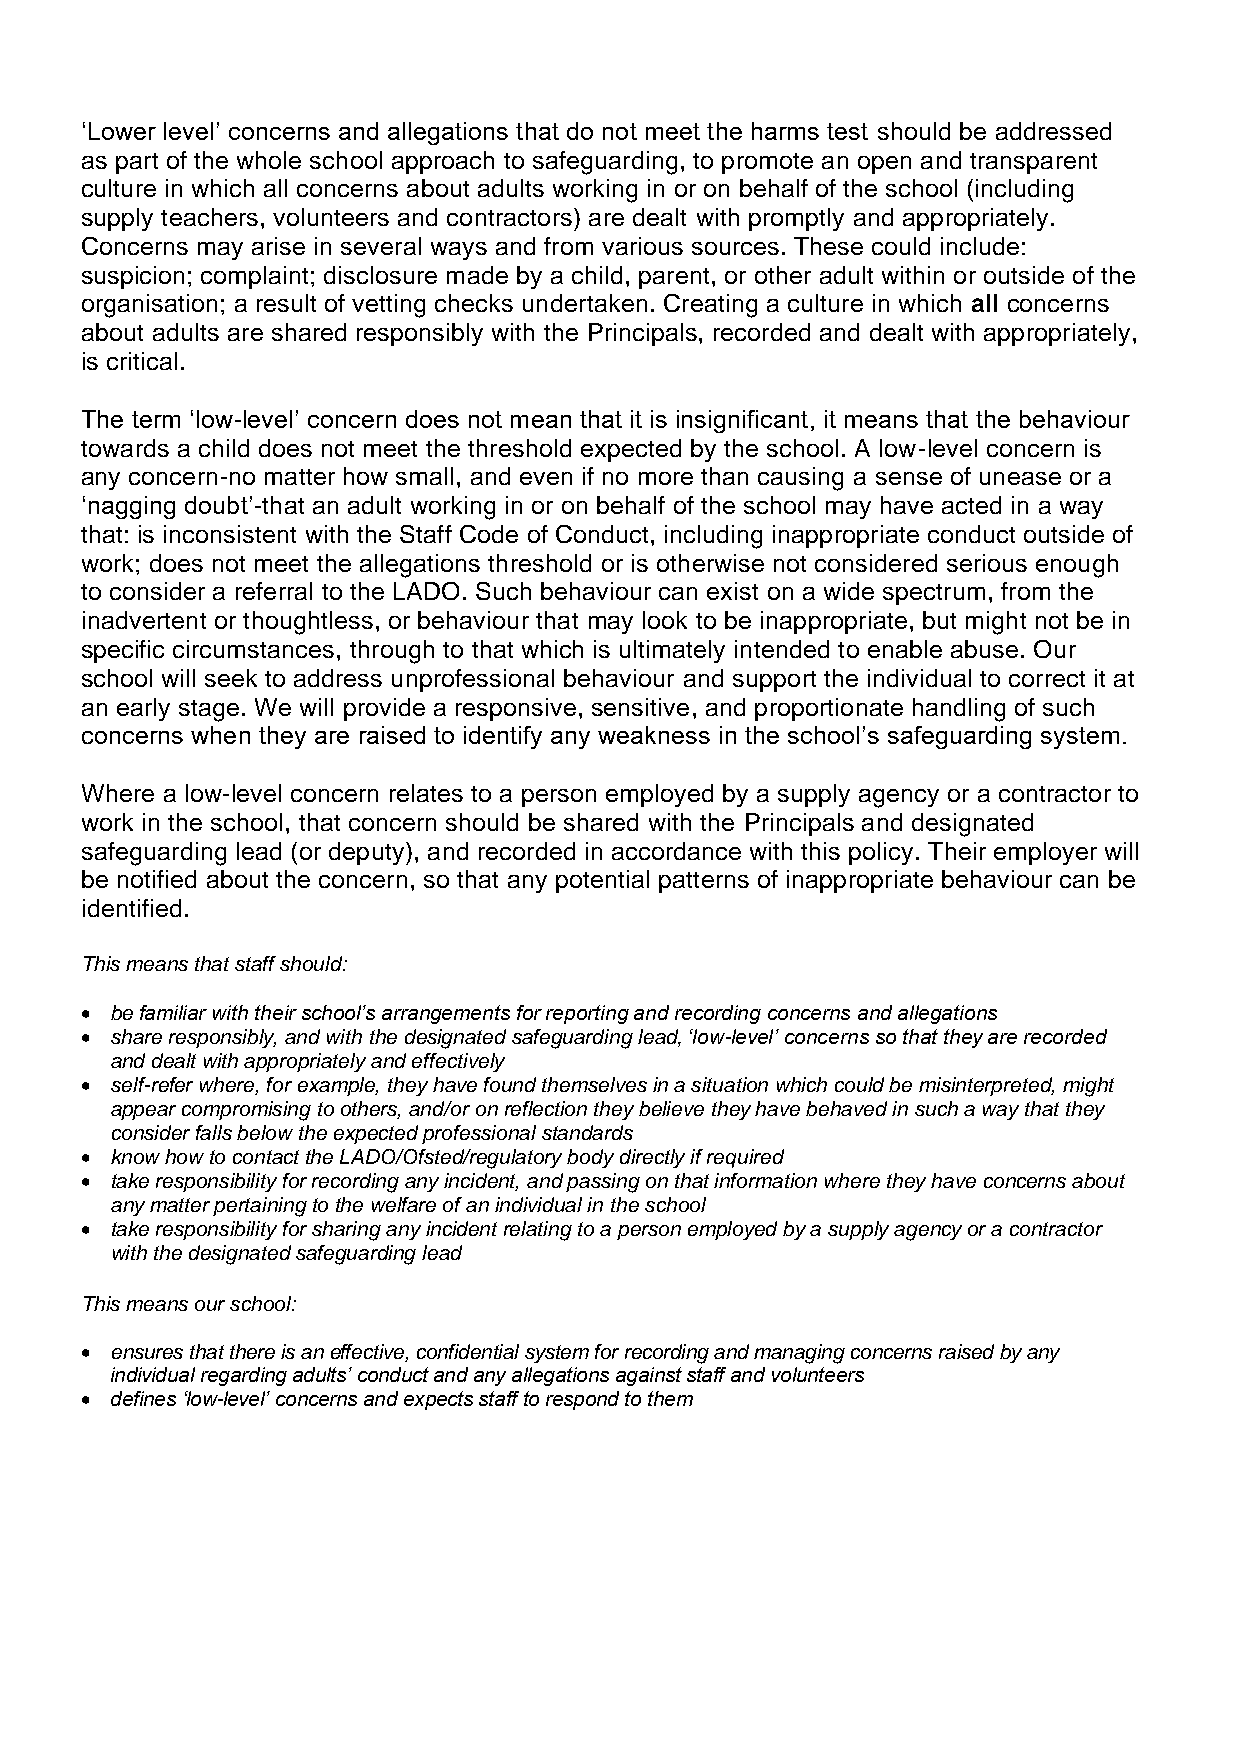
‘Lower level’ concerns and allegations that do not meet the harms test should be addressed
 as part of the whole school approach to safeguarding, to promote an open and transparent
 culture in which all concerns about adults working in or on behalf of the school (including
 supply teachers, volunteers and contractors) are dealt with promptly and appropriately.
 Concerns may arise in several ways and from various sources. These could include:
 suspicion; complaint; disclosure made by a child, parent, or other adult within or outside of the
 organisation; a result of vetting checks undertaken. Creating a culture in which all concerns
 about adults are shared responsibly with the Principals, recorded and dealt with appropriately,
 is critical.
 The term ‘low-level’ concern does not mean that it is insignificant, it means that the behaviour
 towards a child does not meet the threshold expected by the school. A low-level concern is
 any concern-no matter how small, and even if no more than causing a sense of unease or a
 ‘nagging doubt’-that an adult working in or on behalf of the school may have acted in a way
 that: is inconsistent with the Staff Code of Conduct, including inappropriate conduct outside of
 work; does not meet the allegations threshold or is otherwise not considered serious enough
 to consider a referral to the LADO. Such behaviour can exist on a wide spectrum, from the
 inadvertent or thoughtless, or behaviour that may look to be inappropriate, but might not be in
 specific circumstances, through to that which is ultimately intended to enable abuse. Our
 school will seek to address unprofessional behaviour and support the individual to correct it at
 an early stage. We will provide a responsive, sensitive, and proportionate handling of such
 concerns when they are raised to identify any weakness in the school’s safeguarding system.
 Where a low-level concern relates to a person employed by a supply agency or a contractor to
 work in the school, that concern should be shared with the Principals and designated
 safeguarding lead (or deputy), and recorded in accordance with this policy. Their employer will
 be notified about the concern, so that any potential patterns of inappropriate behaviour can be
 identified.
 This means that staff should:
 • be familiar with their school’s arrangements for reporting and recording concerns and allegations
 • share responsibly, and with the designated safeguarding lead, ‘low-level’ concerns so that they are recorded
 and dealt with appropriately and effectively
 • self-refer where, for example, they have found themselves in a situation which could be misinterpreted, might
 appear compromising to others, and/or on reflection they believe they have behaved in such a way that they
 consider falls below the expected professional standards
 • know how to contact the LADO/Ofsted/regulatory body directly if required
 • take responsibility for recording any incident, and passing on that information where they have concerns about
 any matter pertaining to the welfare of an individual in the school
 • take responsibility for sharing any incident relating to a person employed by a supply agency or a contractor
 with the designated safeguarding lead
 This means our school:
 • ensures that there is an effective, confidential system for recording and managing concerns raised by any
 individual regarding adults’ conduct and any allegations against staff and volunteers
 • defines ‘low-level’ concerns and expects staff to respond to them